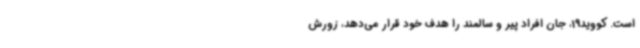
است. کووید19، جان افراد پیر و سالمند را هدف خود قرار می‌دهد، زورش